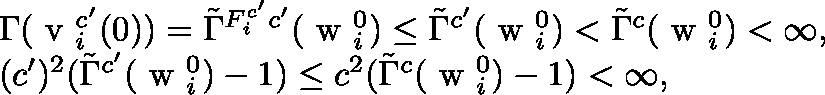
\begin{array} { r l } & { \Gamma ( \mathrm { \boldmath ~ v ~ } _ { i } ^ { c ^ { \prime } } ( 0 ) ) = \tilde { \Gamma } ^ { F _ { i } ^ { c ^ { \prime } } c ^ { \prime } } ( \mathrm { \boldmath ~ w ~ } _ { i } ^ { 0 } ) \leq \tilde { \Gamma } ^ { c ^ { \prime } } ( \mathrm { \boldmath ~ w ~ } _ { i } ^ { 0 } ) < \tilde { \Gamma } ^ { c } ( \mathrm { \boldmath ~ w ~ } _ { i } ^ { 0 } ) < \infty , } \\ & { ( c ^ { \prime } ) ^ { 2 } ( \tilde { \Gamma } ^ { c ^ { \prime } } ( \mathrm { \boldmath ~ w ~ } _ { i } ^ { 0 } ) - 1 ) \leq c ^ { 2 } ( \tilde { \Gamma } ^ { c } ( \mathrm { \boldmath ~ w ~ } _ { i } ^ { 0 } ) - 1 ) < \infty , } \end{array}